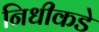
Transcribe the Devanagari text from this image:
निधीकडे